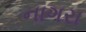
નાગરા